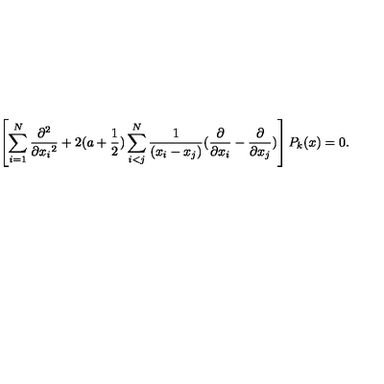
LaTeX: \left[ \sum _ { i = 1 } ^ { N } \frac { \partial ^ { 2 } } { \partial { x _ { i } } ^ { 2 } } + 2 ( a + \frac { 1 } { 2 } ) \sum _ { i < j } ^ { N } \frac { 1 } { ( x _ { i } - x _ { j } ) } ( \frac { \partial } { \partial x _ { i } } - \frac { \partial } { \partial x _ { j } } ) \right] P _ { k } ( x ) = 0 .